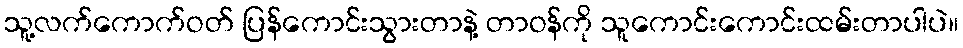
သူ့လက်ကောက်ဝတ် ပြန်ကောင်းသွားတာနဲ့ တာဝန်ကို သူကောင်းကောင်းထမ်းတာပါပဲ။